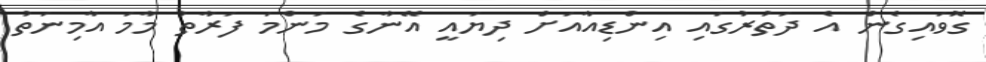
ގޮވައިގެން އެ ދަތުރުގައި އިންޑިއާއަށް ދިޔައީ އޭނާގެ މަންމަ ފަރާތު މާމަ އާމިނަތު